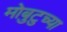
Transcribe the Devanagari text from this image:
मोबुटुच्या